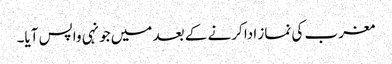
مغرب کی نماز ادا کرنے کے بعد میں جونہی واپس آیا۔